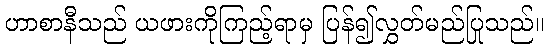
ဟာစာနီသည် ယဖားကိုကြည့်ရာမှ ပြန်၍လွှတ်မည်ပြုသည်။